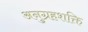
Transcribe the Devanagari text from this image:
अनुग्रहशक्ति